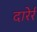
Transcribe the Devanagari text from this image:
दारेर्र